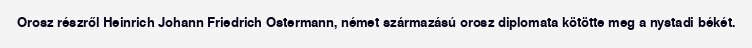
Orosz részről Heinrich Johann Friedrich Ostermann, német származású orosz diplomata kötötte meg a nystadi békét.